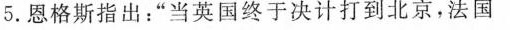
5.恩格斯指出：”当英国终于决计打到北京，法国